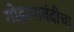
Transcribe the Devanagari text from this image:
गोहत्याबंदीचा